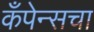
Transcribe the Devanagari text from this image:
कँपेन्सचा